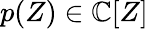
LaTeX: p(Z)\in\mathbb{C}[Z]